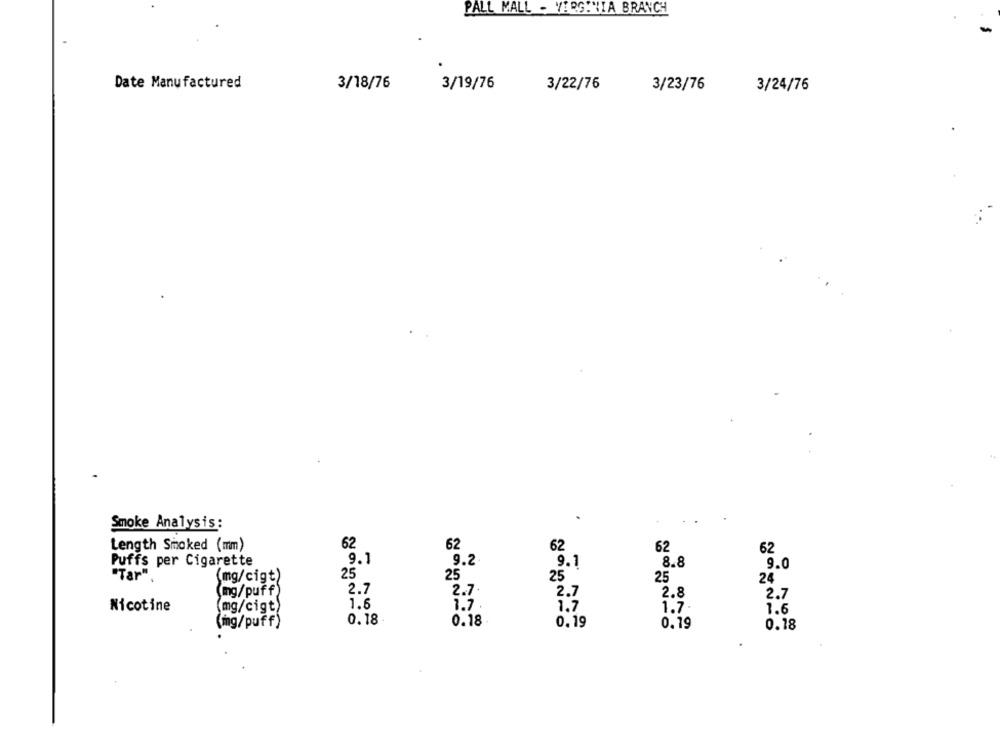
PALL MALL - VIRGINIA BRANCH
Date Manufactured
3/18/76
3/19/76
3/22/76
3/23/76
3/24/76
Smoke Analysis:
Length Smoked (mm)
62
62
62
62
62
9.1
9.2
8.8
Puffs per Cigarette
9.1
9.0
"Tar"
(mg/cigt)
25
25
25
25
24
2.7
2.7
2.8
(mg/puff)
2.7
2.7
Nicotine
1.8
1.7
1.7
1.7.
mg/cigt)
1.6
0.18
0.18
0.19
(mg/puff)
0.79
0.18